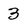
Character: 3